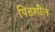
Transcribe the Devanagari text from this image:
पिडशील